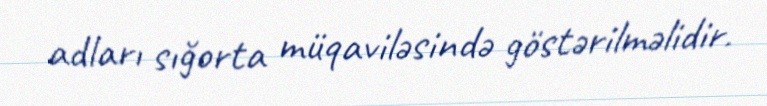
adları sığorta müqaviləsində göstərilməlidir.